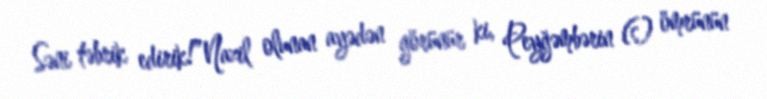
Səni təbrik edirik!”Nazil olunan ayədən görünür ki, Peyğəmbərin (s) ömrünün